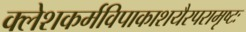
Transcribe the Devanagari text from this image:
क्लेशकर्मविपाकाशयैरपरामृष्टः